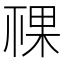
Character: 𥚌